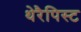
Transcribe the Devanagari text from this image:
थेरैपिस्ट